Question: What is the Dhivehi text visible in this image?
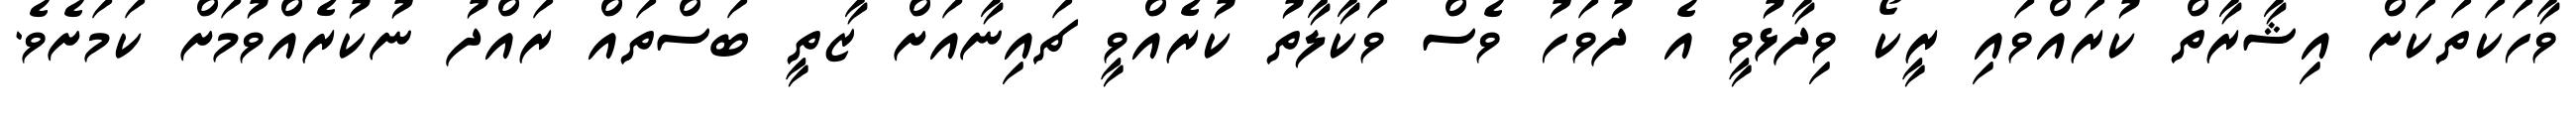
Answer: ވާހަކަތަކަށް އިޝާރާތް ކުރައްވައި ރީކޯ ވިދާޅުވީ އެ ދުވަހު ވެސް ވަކާލާތު ކުރެއްވީ ޗައިނާއަށް ޒާތީ ބަސްތައް ރައްދު ނުކުރެއްވުމަށް ކަމަށެވެ.